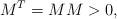
LaTeX: \begin{align*}M^T = M M > 0,\end{align*}